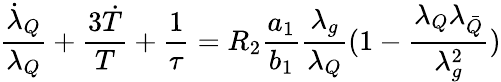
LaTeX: \frac{{\dot{\lambda}}_{Q}}{\lambda_{Q}}+\frac{{3\dot{T}}}{T}+\frac{1}{\tau}=R_{2}\frac{a_{1}}{b_{1}}\frac{\lambda_{g}}{\lambda_{Q}}(1-\frac{\lambda_{Q}\lambda_{\bar{Q}}}{\lambda_{g}^{2}})